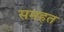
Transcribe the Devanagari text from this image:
समहत